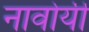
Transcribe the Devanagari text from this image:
नावोयी